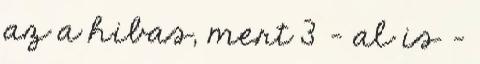
az a hibas, mert 3 - al is -